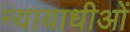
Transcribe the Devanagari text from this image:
न्यायाधीओं